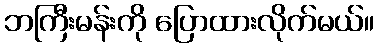
ဘကြီးမန်းကို ပြောထားလိုက်မယ်။